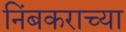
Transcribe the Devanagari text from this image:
निंबकराच्या